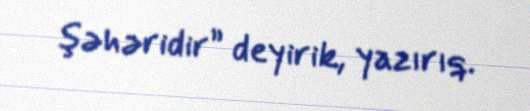
şəhəridir” deyirik, yazırıq.